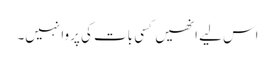
اس لیے انھیں کسی بات کی پروا نہیں۔